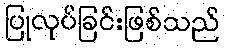
ပြုလုပ်ခြင်းဖြစ်သည်